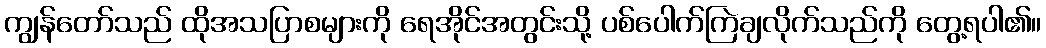
ကျွန်တော်သည် ထိုအသပြာစများကို ရေအိုင်အတွင်းသို့ ပစ်ပေါက်ကြဲချလိုက်သည်ကို တွေ့ရပါ၏။